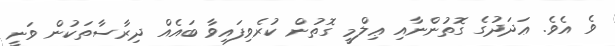
ވެ އެވެ. ޢަދަދުގެ ގޮތުންނާއި ޢިލްމީ ގޮތުން ކުރެވިފައިވާ ބައެއް ދިރާސާތަކުން ވަނީ